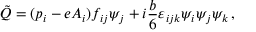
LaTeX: \tilde { Q } = ( p _ { i } - e A _ { i } ) f _ { i j } \psi _ { j } + i { \frac { b } { 6 } } \varepsilon _ { i j k } \psi _ { i } \psi _ { j } \psi _ { k } \, ,